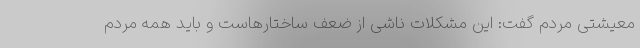
معیشتی مردم گفت: این مشکلات ناشی از ضعف ساختارهاست و باید همه مردم